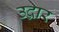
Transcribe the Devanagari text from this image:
उद्वार